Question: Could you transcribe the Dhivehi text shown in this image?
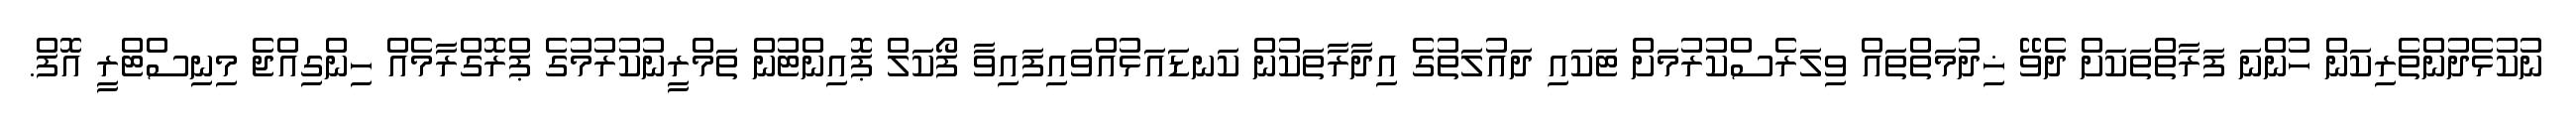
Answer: ނުކުޅެދުންތެރިކަން ހުންނަ ފަރާތްތަކަށް ދެވޭ ޚިދުމަތްތައް ވިލަރެސްކުރުމަށް ޓަކައި ދައުލަތުގެ އިދާރާތަކުން ކަނޑައަޅުއްވައިފައިވާ ފޯކަލް ޕޮއިންޓުން ތަމްރީނުކުރުމުގެ ޕްރޮގްރާމެއް ހިންގިއްޖެ މިނިސްޓްރީ އޮފް.